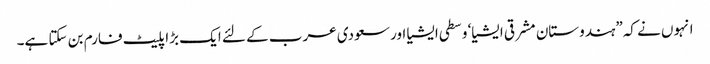
انہوں نے کہ”ہندوستان مشرقی ایشیا‘ وسطی ایشیا اور سعودی عرب کے لئے ایک بڑا پلیٹ فارم بن سکتا ہے۔